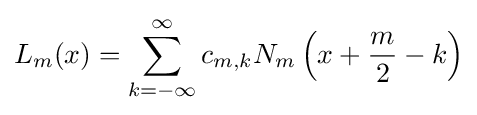
L_{m}(x)=\sum _{k=-\infty }^{\infty }c_{m,k}N_{m}\left(x+{\frac {m}{2}}-k\right)